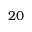
2 0